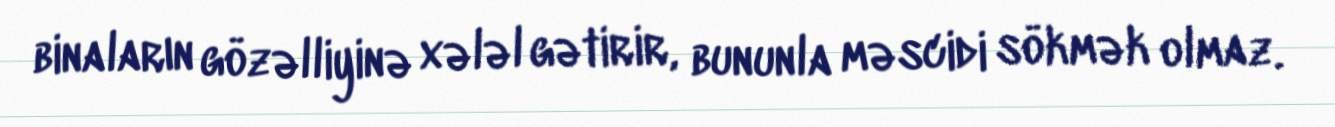
binaların gözəlliyinə xələl gətirir, bununla məscidi sökmək olmaz.